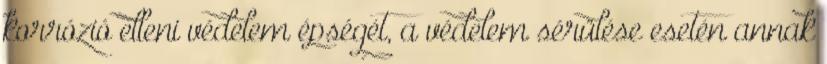
korrózió elleni védelem épségét, a védelem sérülése esetén annak